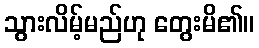
သွားလိမ့်မည်ဟု တွေးမိ၏။